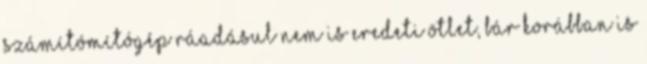
számítómítógép ráadásul nem is eredeti ötlet, bár korábban is